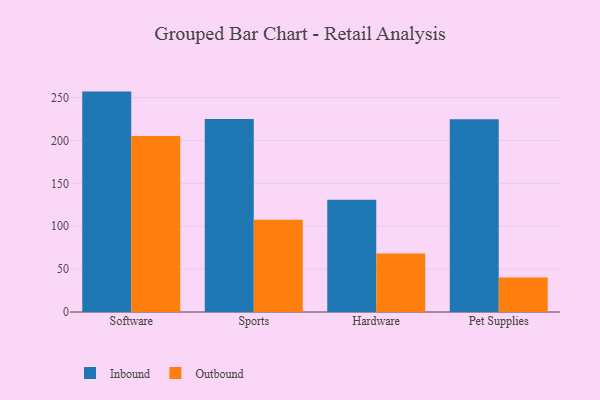
{"axis": {"x": "Category", "y": "Latency (ms)"}, "legend": ["Inbound", "Outbound"], "data": [{"x": "Software", "y": 257.0, "type": "Inbound"}, {"x": "Software", "y": 205.1, "type": "Outbound"}, {"x": "Sports", "y": 225.1, "type": "Inbound"}, {"x": "Sports", "y": 107.7, "type": "Outbound"}, {"x": "Hardware", "y": 130.8, "type": "Inbound"}, {"x": "Hardware", "y": 68.2, "type": "Outbound"}, {"x": "Pet Supplies", "y": 224.7, "type": "Inbound"}, {"x": "Pet Supplies", "y": 40.1, "type": "Outbound"}]}